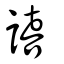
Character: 譆